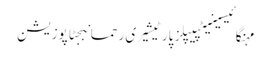
مہنگائیسینیٹپیپلز پارٹیشیری رحمانبجٹاپوزیشن